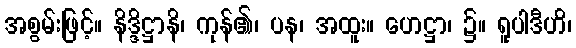
အစွမ်းဖြင့်။ နိဒ္ဒိဋ္ဌာနိ၊ ကုန်၏၊ ပန၊ အထူး။ ဟေဋ္ဌာ၊ ၌။ ရူပါဒီဟိ၊